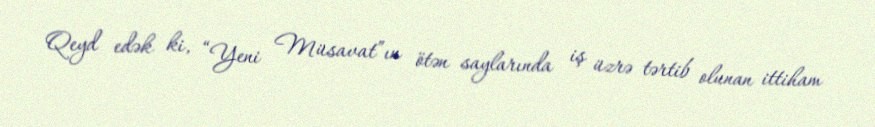
Qeyd edək ki, “Yeni Müsavat”ın ötən saylarında iş üzrə tərtib olunan ittiham